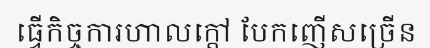
ធ្វើកិច្ចការហាលក្តៅ បែកញើសច្រើន